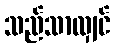
သည်သာလျှင်